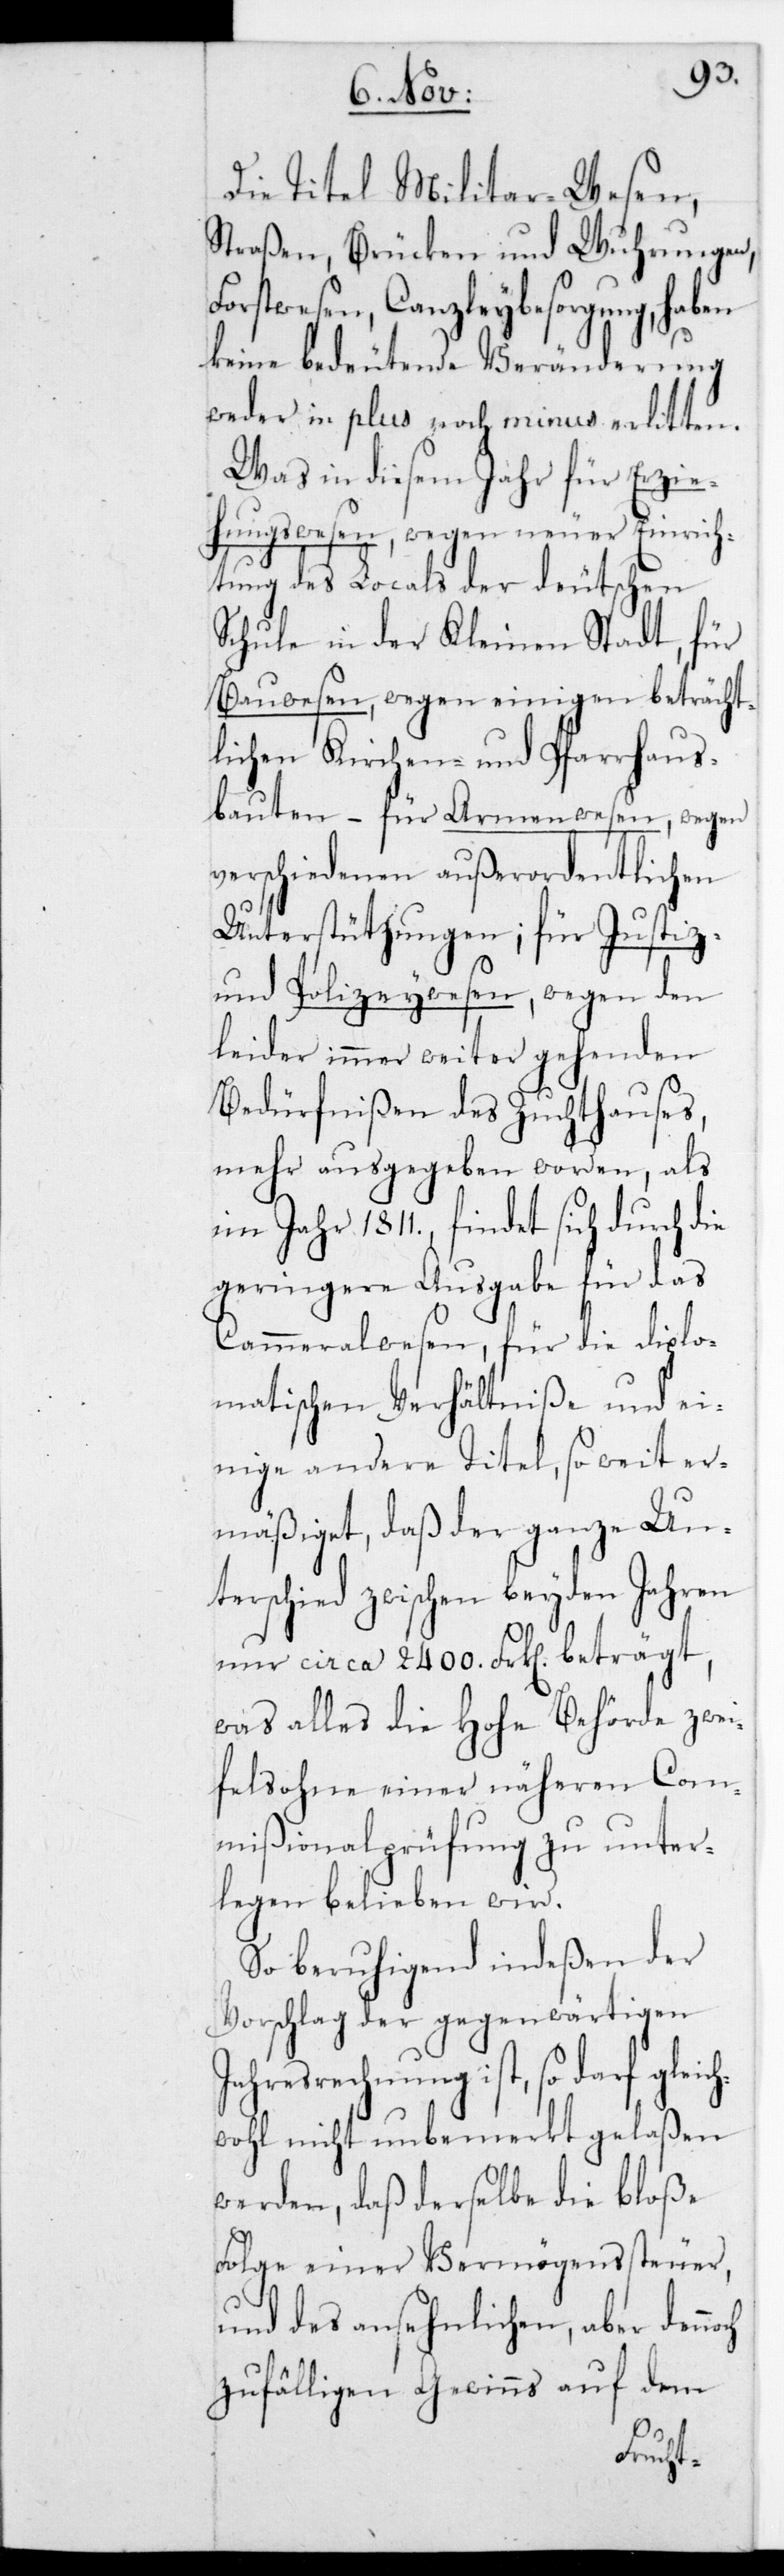
Die Titel Militar-Wesen,
Straßen, Brücken und Wuhrungen,
Forstwesen, Canzleybesorgung, haben
keine bedeutende Veränderung,
weder in plus noch minus erlitten.
Was in diesem Jahr für Erzie¬
hungswesen, wegen neuer Einrich¬
tung des Locals der deutschen
Schule in der Kleinen Stadt; für
Bauwesen wegen einigen beträcht¬
lichen Kirchen- und Pfarrhaus¬
bauten, – für Armenwesen wegen
verschiedenen außerordentlichen
Unterstützungen; – für Justiz-
und Polizeywesen wegen den
leider immer weiter gehenden
Bedürfnißen des Zuchthauses,
mehr ausgegeben worden, als
im Jahr 1811., findet sich durch die
geringere Ausgabe für das
Cammeralwesen, für die diplo¬
matischen Verhältniße und ei¬
nige andere Titel, so weit er¬
mäßiget, daß der ganze Un¬
terschied zwischen beyden Jahren
nur circa 2400. Frk[en] beträgt,
was alles die Hohe Behörde zwei¬
felsohne einer näheren Com¬
mißionalprüfung zu unter¬
legen belieben wird.
So beruhigend indeßen der
Vorschlag der gegenwärtigen
Jahresrechnung ist, so darf glei¬
wohl nicht unbemerkt gelaßen
werden, daß derselbe die bloße
Folge einer Vermögenssteuer
und des ansehnlichen, aber denn¬
zufälligen Gewinns auf dem
och